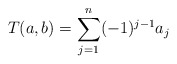
\begin{align*}T(a,b)=\sum_{j=1}^n (-1)^{j-1} a_j\end{align*}